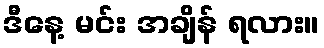
ဒီနေ့ မင်း အချိန် ရလား။